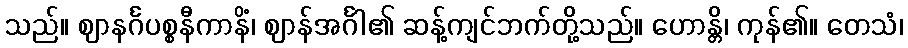
သည်။ ဈာနင်္ဂပစ္စနီကာနိံ၊ ဈာန်အင်္ဂါ၏ ဆန့်ကျင်ဘက်တို့သည်။ ဟောန္တိ၊ ကုန်၏။ တေသံ၊